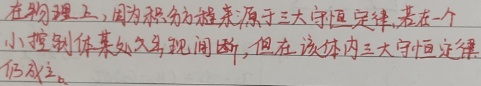
在物理上，因为积分方程来源于三大守恒定律. 若在一个小控制体某处出现间断，但在该体内三大守恒定律仍成立。